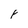
Character: F